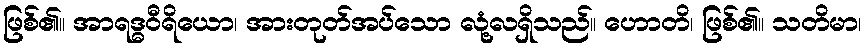
ဖြစ်၏။ အာရဒ္ဓဝီရိယော၊ အားတုတ်အပ်သော လုံ့လရှိသည်။ ဟောတိ၊ ဖြစ်၏။ သတိမာ၊